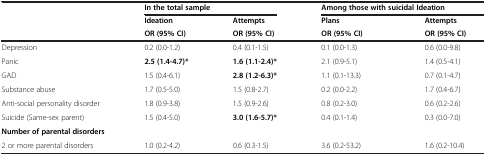
<table><thead><tr><td rowspan="2"><b> </b></td><td colspan="2"><b>In the total sample</b></td><td colspan="2"><b>Among those with suicidal Ideation</b></td></tr><tr><td><b>Ideation</b></td><td><b>Attempts</b></td><td><b>Plans</b></td><td><b>Attempts</b></td></tr><tr><td><b> </b></td><td><b>OR (95% CI)</b></td><td><b>OR (95% CI)</b></td><td><b>OR (95% CI)</b></td><td><b>OR (95% CI)</b></td></tr></thead><tbody><tr><td>Depression</td><td>0.2 (0.0-1.2)</td><td>0.4 (0.1-1.5)</td><td>0.1 (0.0-1.3)</td><td>0.6 (0.0-9.8)</td></tr><tr><td>Panic</td><td><b>2.5 (1.4-4.7)*</b></td><td><b>1.6 (1.1-2.4)*</b></td><td>2.1 (0.9-5.1)</td><td>1.4 (0.5-4.1)</td></tr><tr><td>GAD</td><td>1.5 (0.4-6.1)</td><td><b>2.8 (1.2-6.3)*</b></td><td>1.1 (0.1-13.3)</td><td>0.7 (0.1-4.7)</td></tr><tr><td>Substance abuse</td><td>1.7 (0.5-5.0)</td><td>1.5 (0.8-2.7)</td><td>0.2 (0.0-2.2)</td><td>1.7 (0.4-6.7)</td></tr><tr><td>Anti-social personality disorder</td><td>1.8 (0.9-3.8)</td><td>1.5 (0.9-2.6)</td><td>0.8 (0.2-3.0)</td><td>0.6 (0.2-2.6)</td></tr><tr><td>Suicide (Same-sex parent)</td><td>1.5 (0.4-5.0)</td><td><b>3.0 (1.6-5.7)*</b></td><td>0.4 (0.1-1.4)</td><td>0.3 (0.0-7.0)</td></tr><tr><td colspan="5"><b>Number of parental disorders</b></td></tr><tr><td>2 or more parental disorders</td><td>1.0 (0.2-4.2)</td><td>0.6 (0.3-1.5)</td><td>3.6 (0.2-53.2)</td><td>1.6 (0.2-10.4)</td></tr></tbody></table>